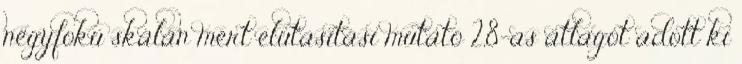
négyfokú skálán mért elutasítási mutató 2,8-as átlagot adott ki